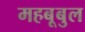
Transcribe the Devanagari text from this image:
महबूबुल